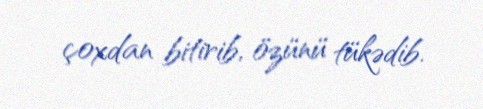
çoxdan bitirib, özünü tükədib.